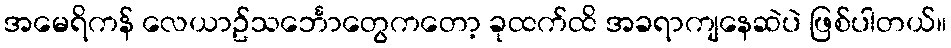
အမေရိကန် လေယာဥ်သင်္ဘောတွေကတော့ ခုထက်ထိ အခရာကျနေဆဲပဲ ဖြစ်ပါတယ်။